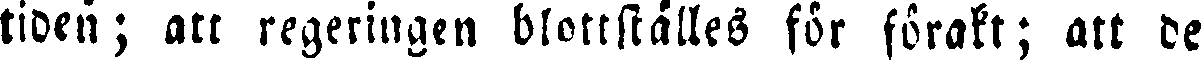
tiden; att regeringen blottställes för förakt; att de